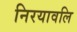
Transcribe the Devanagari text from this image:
निरयावलि